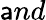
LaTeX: \mathsf{a}nd